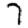
Digit: 7